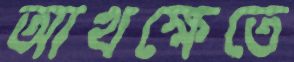
আখক্ষেতে